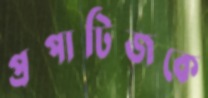
প্রপাটিজকে